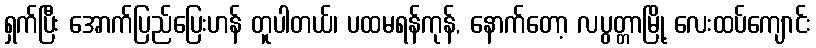
ရှက်ပြီး အောက်ပြည်ပြေးဟန် တူပါတယ်၊ ပထမရန်ကုန်, နောက်တော့ လပွတ္တာမြို့ လေးထပ်ကျောင်း